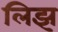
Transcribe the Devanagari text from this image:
लिझ